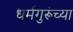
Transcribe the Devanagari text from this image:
धर्मगुरूंच्या